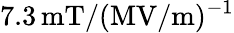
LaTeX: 7.3\, \mathrm{mT/(MV/m)^{-1}}